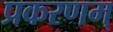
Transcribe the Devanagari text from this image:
प्रकरणम्‌